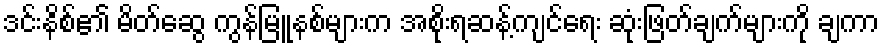
ဒင်းနိစ်၏ မိတ်ဆွေ ကွန်မြူနစ်များက အစိုးရဆန့်ကျင်ရေး ဆုံးဖြတ်ချက်များကို ချကာ